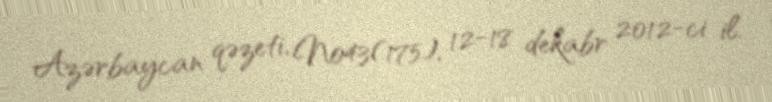
Azərbaycan qəzeti, №43(175), 12-18 dekabr 2012-ci il.